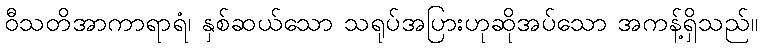
ဝီသတိအာကာရာရံ၊ နှစ်ဆယ်သော သရုပ်အပြားဟုဆိုအပ်သော အကန့်ရှိသည်။